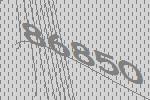
86850